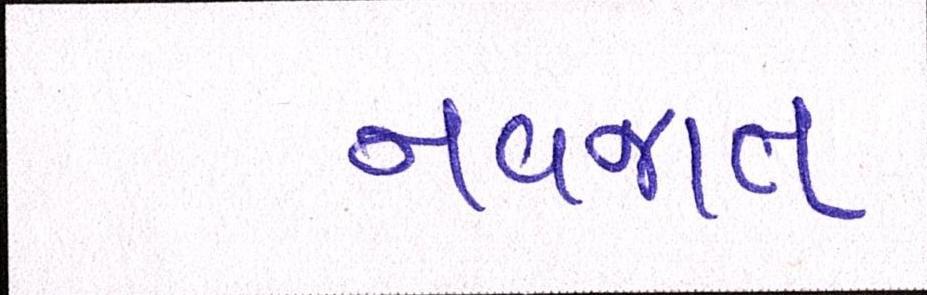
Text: નવજાત